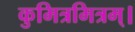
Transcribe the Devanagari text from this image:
कुमित्रमित्रम्।